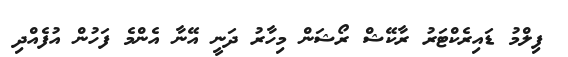
ފިލްމު ޑައިރެކްޓަރު ރާކޭޝް ރޯޝަން މިހާރު ދަނީ އޭނާ އެންމެ ފަހުން އުފެއްދި